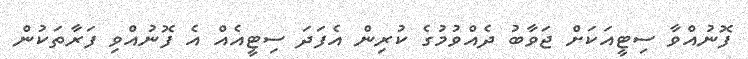
ފޮނުއްވާ ސިޓީއަކަށް ޖަވާބު ދެއްވުމުގެ ކުރިން އެފަދަ ސިޓީއެއް އެ ފޮނުއްވި ފަރާތަކުން